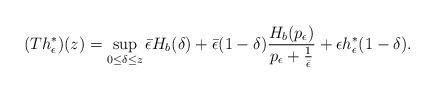
LaTeX: \begin{align*}(Th_{\epsilon}^{\ast})(z)&=\sup_{0\leq\delta \leq z} \bar{\epsilon}H_{b}(\delta) + \bar{\epsilon}(1-\delta)\frac{H_b(p_\epsilon)}{p_\epsilon+\frac{1}{\bar{\epsilon}}} +\epsilon h_{\epsilon}^{\ast}(1-\delta).\end{align*}